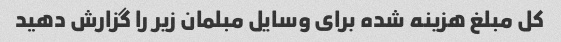
کل مبلغ هزینه شده برای وسایل مبلمان زیر را گزارش دهید